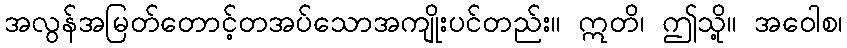
အလွန်အမြတ်တောင့်တအပ်သောအကျိုးပင်တည်း။ ဣတိ၊ ဤသို့။ အဝေါစ၊